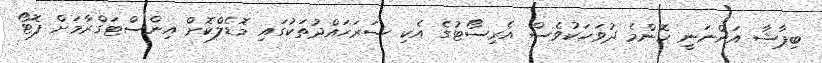
ބިޕާޝާ އަންނަނީ ކޮންމެ ދުވަހަކުވެސް އެރިސޯޓުގެ އެކި ސަރަހައްދުތަކުގައި މޮޑެލްކޮށް އިންސްޓަގްރާމަށް ފޮޓޯ